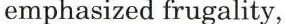
emphasized frugality,